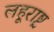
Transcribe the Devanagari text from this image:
लहूराष्ट्र